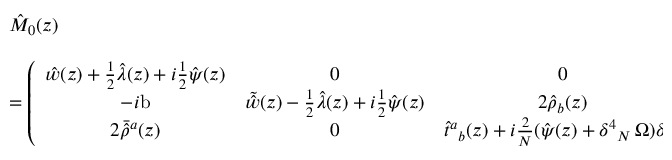
\begin{array} { l } { { \hat { M } _ { 0 } ( z ) } } \\ { { { } } } \\ { { = \displaystyle { \left( \begin{array} { c c c } { { \hat { w } ( z ) + \textstyle { \frac { 1 } { 2 } } \hat { \lambda } ( z ) + i \textstyle { \frac { 1 } { 2 } } \hat { \psi } ( z ) } } & { { 0 } } & { { 0 } } \\ { { - i \mathrm { b } } } & { { \tilde { \hat { w } } ( z ) - \frac { 1 } { 2 } \hat { \lambda } ( z ) + i \textstyle { \frac { 1 } { 2 } } \hat { \psi } ( z ) } } & { { 2 \hat { \rho } _ { b } ( z ) } } \\ { { 2 \bar { \hat { \rho } } { } ^ { a } ( z ) } } & { { 0 } } & { { \hat { t } { } ^ { a } { } _ { b } ( z ) + i \textstyle { \frac { 2 } { { \cal N } } } ( \hat { \psi } ( z ) + \delta ^ { 4 } { } _ { { \cal N } } \, \Omega ) \delta ^ { a } { } _ { b } } } \end{array} \right) } \, . } } \end{array}